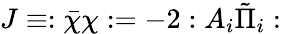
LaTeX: J\equiv:\bar{\chi}\chi:=-2:A_{i}\tilde{\Pi}_{i}: